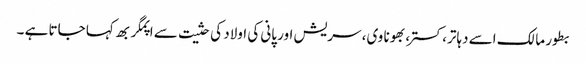
بطور مالک اسے دہاتر، کستر، بھونا وی، سریش اور پانی کی اولاد کی حثیت سے اپمگربھ کہا جاتا ہے ۔